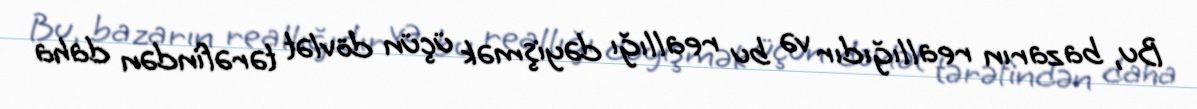
Bu, bazarın reallığıdır və bu reallığı dəyişmək üçün dövlət tərəfindən daha